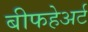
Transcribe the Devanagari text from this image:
बीफहेअर्ट